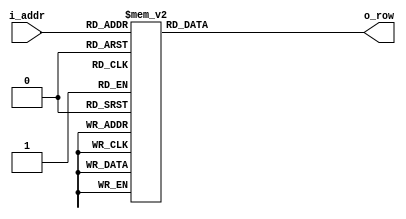
module tanxiaofengsheng (
	i_addr,
	o_row
);

input [5:0] i_addr; // 63 11_1111
output [15:0] o_row ;
reg [15:0] o_row;
always @ (i_addr) begin
	case (i_addr)
		6'd0: o_row = 16'h0040;
		6'd1: o_row = 16'h4040;
		6'd2: o_row = 16'h3248;
		6'd3: o_row = 16'h1150;
		6'd4: o_row = 16'h00A0;
		6'd5: o_row = 16'h0090;
		6'd6: o_row = 16'hF10E;
		6'd7: o_row = 16'h1644;
		6'd8: o_row = 16'h1040;
		6'd9: o_row = 16'h1248;
		6'd10: o_row = 16'h1150;
		6'd11: o_row = 16'h10A0;
		6'd12: o_row = 16'h14A0;
		6'd13: o_row = 16'h1910;
		6'd14: o_row = 16'h120E;
		6'd15: o_row = 16'h0404;
		6'd16: o_row = 16'h1040;
		6'd17: o_row = 16'h1248;
		6'd18: o_row = 16'h1F7C;
		6'd19: o_row = 16'h28A0;
		6'd20: o_row = 16'h4510;
		6'd21: o_row = 16'h00F8;
		6'd22: o_row = 16'h3F00;
		6'd23: o_row = 16'h0100;
		6'd24: o_row = 16'h0104;
		6'd25: o_row = 16'hFFFE;
		6'd26: o_row = 16'h0200;
		6'd27: o_row = 16'h0280;
		6'd28: o_row = 16'h0440;
		6'd29: o_row = 16'h0830;
		6'd30: o_row = 16'h100E;
		6'd31: o_row = 16'h6004;
		6'd32: o_row = 16'h0010;
		6'd33: o_row = 16'h3FF8;
		6'd34: o_row = 16'h2010;
		6'd35: o_row = 16'h2850;
		6'd36: o_row = 16'h2450;
		6'd37: o_row = 16'h2290;
		6'd38: o_row = 16'h2290;
		6'd39: o_row = 16'h2110;
		6'd40: o_row = 16'h2110;
		6'd41: o_row = 16'h2290;
		6'd42: o_row = 16'h2290;
		6'd43: o_row = 16'h2450;
		6'd44: o_row = 16'h2850;
		6'd45: o_row = 16'h3012;
		6'd46: o_row = 16'h400A;
		6'd47: o_row = 16'h8006;
		6'd48: o_row = 16'h0100;
		6'd49: o_row = 16'h1100;
		6'd50: o_row = 16'h1100;
		6'd51: o_row = 16'h1108;
		6'd52: o_row = 16'h3FFC;
		6'd53: o_row = 16'h2100;
		6'd54: o_row = 16'h4100;
		6'd55: o_row = 16'h4100;
		6'd56: o_row = 16'h8110;
		6'd57: o_row = 16'h3FF8;
		6'd58: o_row = 16'h0100;
		6'd59: o_row = 16'h0100;
		6'd60: o_row = 16'h0100;
		6'd61: o_row = 16'h0104;
		6'd62: o_row = 16'hFFFE;
		6'd63: o_row = 16'h0000;
	endcase
	
end
endmodule